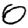
Digit: 0